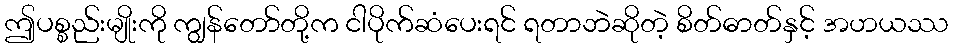
ဤပစ္စည်းမျိုးကို ကျွန်တော်တို့က ငါပိုက်ဆံပေးရင် ရတာဘဲဆိုတဲ့ စိတ်ဓာတ်နှင့် အဟယဿ